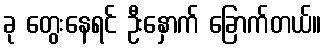
ခု တွေးနေရင် ဦးနှောက် ခြောက်တယ်။